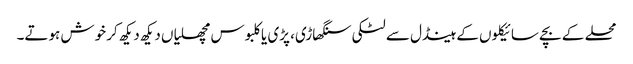
محلے کے بچے سائیکلوں کے ہینڈل سے لٹکی سنگھاڑی، پڑی یا کلبوس مچھلیاں دیکھ دیکھ کر خوش ہوتے۔